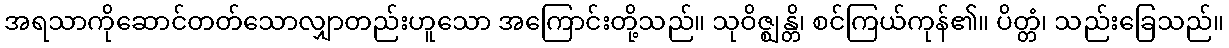
အရသာကိုဆောင်တတ်သောလျှာတည်းဟူသော အကြောင်းတို့သည်။ သုဝိဇ္ဈန္တိ၊ စင်ကြယ်ကုန်၏။ ပိတ္တံ၊ သည်းခြေသည်။